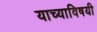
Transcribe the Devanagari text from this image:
याच्याविषयी